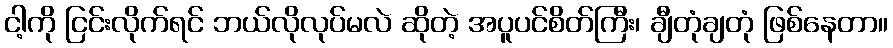
ငါ့ကို ငြင်းလိုက်ရင် ဘယ်လိုလုပ်မလဲ ဆိုတဲ့ အပူပင်စိတ်ကြီး၊ ချီတုံချတုံ ဖြစ်နေတာ။